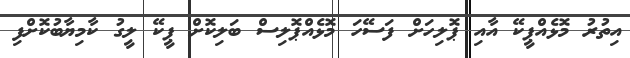
އިތުރު މޮޅެއްޕީކޭ އާއި ޕޮލިހަށް ފަސޭހަ މޮޅެއްޕޮލިސް ބަލިކޮށް ޕީކޭ ލީގު ކާމިޔާބުކޮށްފި